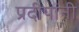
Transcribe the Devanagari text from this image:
प्रदीपांनी